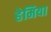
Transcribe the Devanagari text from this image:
हेमिया